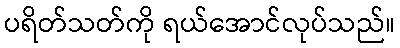
ပရိတ်သတ်ကို ရယ်အောင်လုပ်သည်။